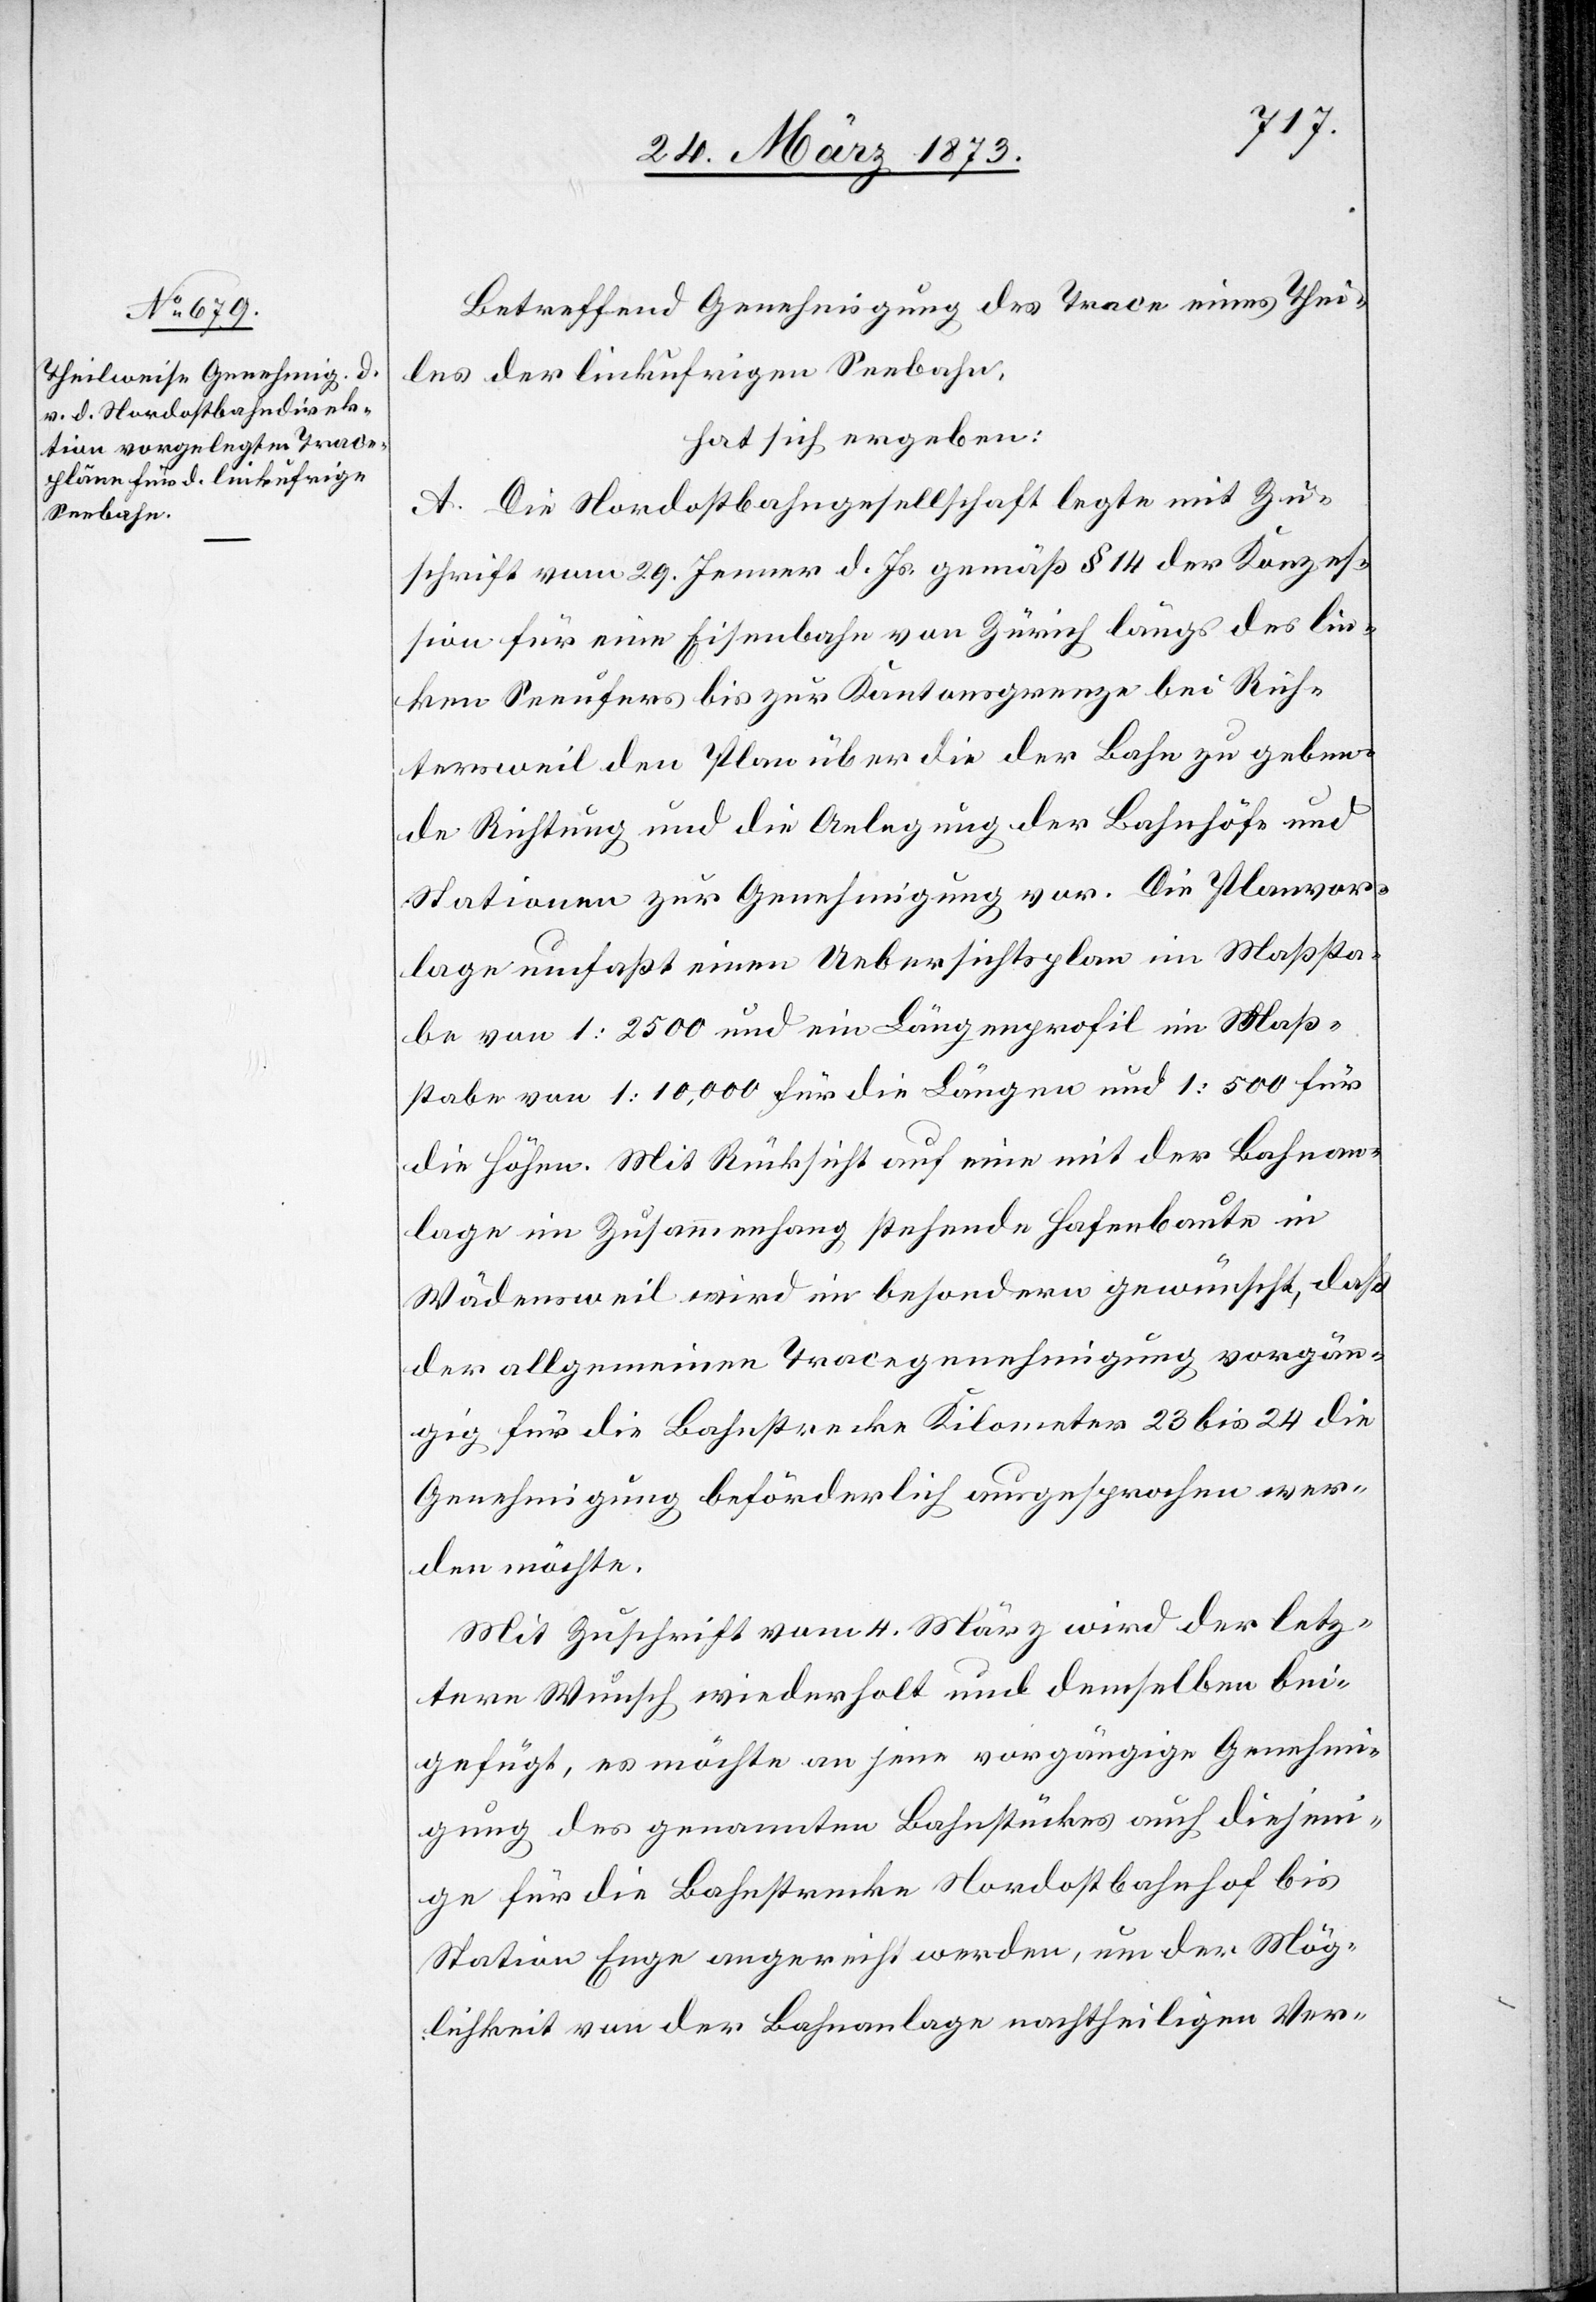
Betreffend Genehmigung des Trace eines Thei¬
les der linkufrigen Seebahn,
hat sich ergeben:
A. Die Nordostbahngesellschaft legte mit Zu¬
schrift vom 29. Jenner d. Js. gemäß § 14 der Konzes¬
sion für eine Eisenbahn von Zürich längs des lin¬
ken Seeufers bis zur Kantonsgrenze bei Rich¬
tersweil den Plan über die der Bahn zu geben¬
de Richtung und die Anlegung der Bahnhöfe und
Stationen zur Genehmigung vor. Die Planvor¬
lage umfaßt einen Uebersichtsplan im Maßsta¬
be von 1:2500 und ein Längenprofil im Maß¬
stabe von 1:10,000 für die Längen und 1:500 für
die Höhen. Mit Rücksicht auf eine mit der Bahnan¬
lage im Zusammenhang stehende Hafenbaute in
Wädensweil wird im besondern gewünscht, daß
der allgemeinen Tracegenehmigung vorgän¬
gig für die Bahnstrecke Kilometer 23 bis 24 die
Genehmigung beförderlich ausgesprochen wer¬
den möchte.
Mit Zuschrift vom 4. März wird der letz¬
tere Wunsch wiederholt und demselben bei¬
gefügt, es möchte an jene vorgängige Genehmi¬
gung des genannten Bahnstückes auch diejeni¬
ge für die Bahnstrecke Nordostbahnhof bis
Station Enge angereiht werden, um der Mög¬
lichkeit von der Bahnanlage nachtheiligen Ver-